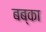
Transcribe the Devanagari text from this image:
बब्का